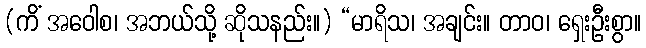
(ကိံ အဝေါစ၊ အဘယ်သို့ ဆိုသနည်း။) “မာရိသ၊ အချင်း။ တာဝ၊ ရှေးဦးစွာ။